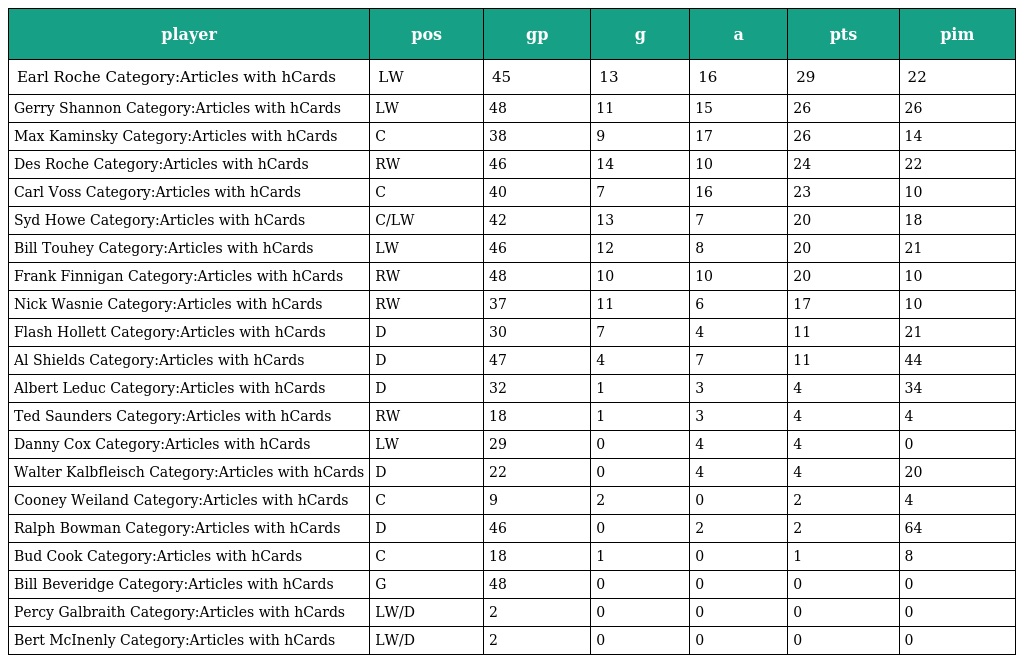
| player | pos | gp | g | a | pts | pim |
 | --- | --- | --- | --- | --- | --- | --- |
 | Earl Roche Category:Articles with hCards | LW | 45 | 13 | 16 | 29 | 22 |
 | Gerry Shannon Category:Articles with hCards | LW | 48 | 11 | 15 | 26 | 26 |
 | Max Kaminsky Category:Articles with hCards | C | 38 | 9 | 17 | 26 | 14 |
 | Des Roche Category:Articles with hCards | RW | 46 | 14 | 10 | 24 | 22 |
 | Carl Voss Category:Articles with hCards | C | 40 | 7 | 16 | 23 | 10 |
 | Syd Howe Category:Articles with hCards | C/LW | 42 | 13 | 7 | 20 | 18 |
 | Bill Touhey Category:Articles with hCards | LW | 46 | 12 | 8 | 20 | 21 |
 | Frank Finnigan Category:Articles with hCards | RW | 48 | 10 | 10 | 20 | 10 |
 | Nick Wasnie Category:Articles with hCards | RW | 37 | 11 | 6 | 17 | 10 |
 | Flash Hollett Category:Articles with hCards | D | 30 | 7 | 4 | 11 | 21 |
 | Al Shields Category:Articles with hCards | D | 47 | 4 | 7 | 11 | 44 |
 | Albert Leduc Category:Articles with hCards | D | 32 | 1 | 3 | 4 | 34 |
 | Ted Saunders Category:Articles with hCards | RW | 18 | 1 | 3 | 4 | 4 |
 | Danny Cox Category:Articles with hCards | LW | 29 | 0 | 4 | 4 | 0 |
 | Walter Kalbfleisch Category:Articles with hCards | D | 22 | 0 | 4 | 4 | 20 |
 | Cooney Weiland Category:Articles with hCards | C | 9 | 2 | 0 | 2 | 4 |
 | Ralph Bowman Category:Articles with hCards | D | 46 | 0 | 2 | 2 | 64 |
 | Bud Cook Category:Articles with hCards | C | 18 | 1 | 0 | 1 | 8 |
 | Bill Beveridge Category:Articles with hCards | G | 48 | 0 | 0 | 0 | 0 |
 | Percy Galbraith Category:Articles with hCards | LW/D | 2 | 0 | 0 | 0 | 0 |
 | Bert McInenly Category:Articles with hCards | LW/D | 2 | 0 | 0 | 0 | 0 |